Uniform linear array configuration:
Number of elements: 16
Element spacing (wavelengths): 0.25
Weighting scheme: exponential
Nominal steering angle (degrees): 15
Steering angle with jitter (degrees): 13.575
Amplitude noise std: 0.05
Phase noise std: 0.05

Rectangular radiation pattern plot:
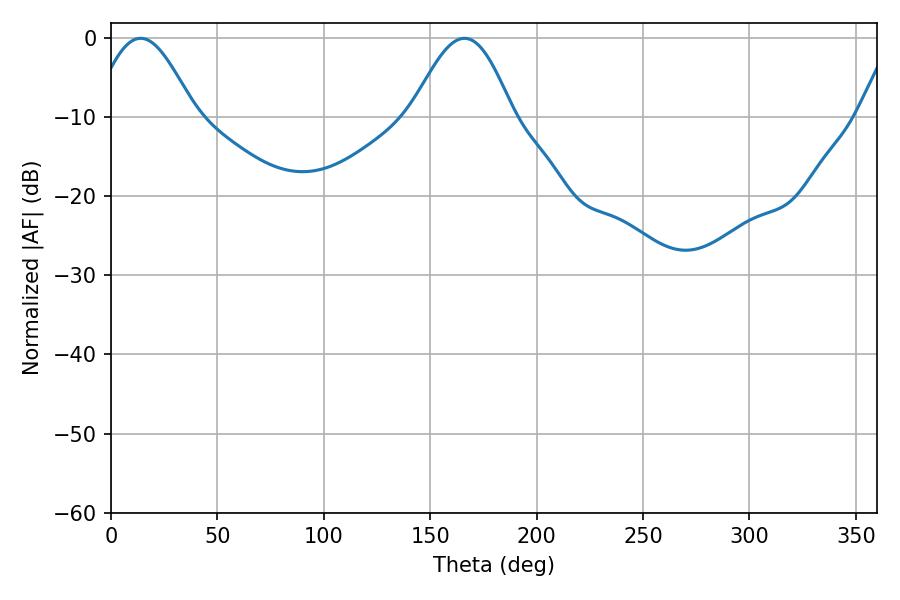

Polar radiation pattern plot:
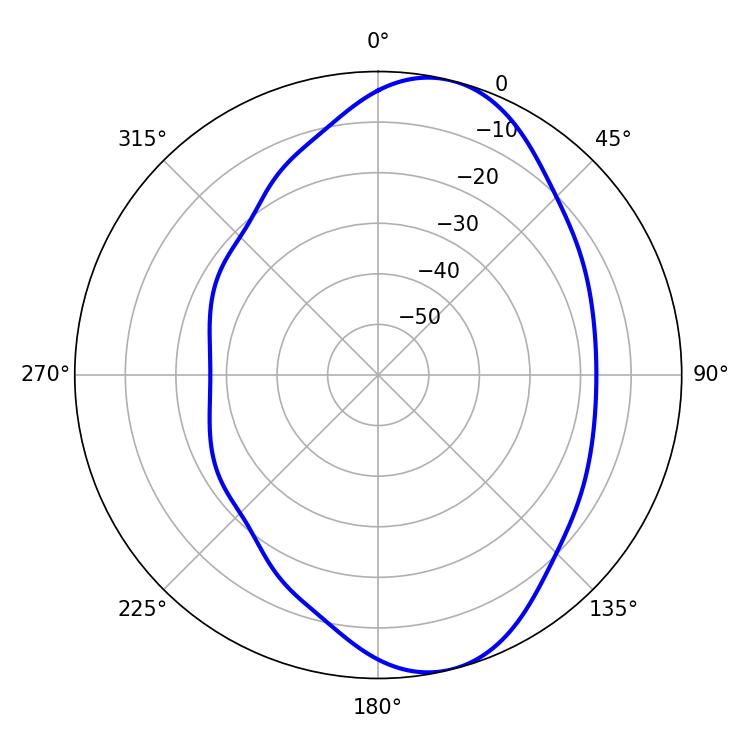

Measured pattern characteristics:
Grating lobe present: FALSE
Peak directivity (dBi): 8.448
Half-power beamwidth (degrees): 25.56
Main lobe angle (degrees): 13.86